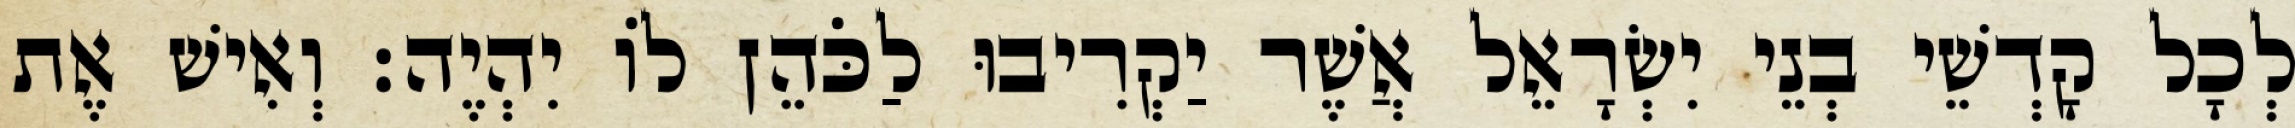
לְכָל קָדְשֵׁי בְנֵי יִשְׂרָאֵל אֲשֶׁר יַקְרִיבוּ לַכֹּהֵן לוֹ יִהְיֶה׃ וְאִישׁ אֶת